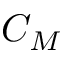
C _ { M }